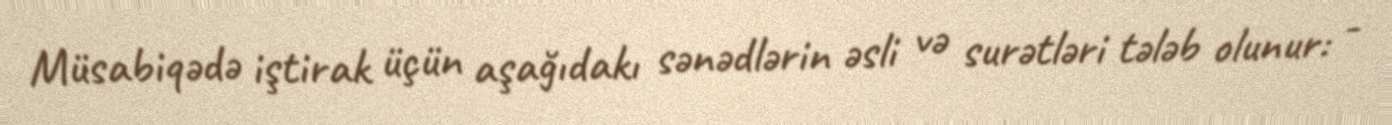
Müsabiqədə iştirak üçün aşağıdakı sənədlərin əsli və surətləri tələb olunur: -